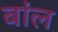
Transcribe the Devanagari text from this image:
बांल